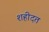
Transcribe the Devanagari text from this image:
शहीदत